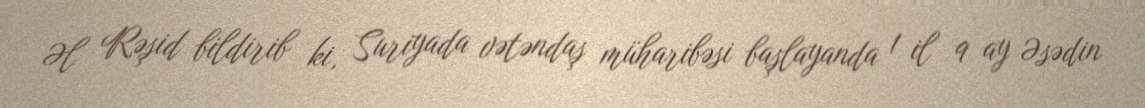
Əl Rəşid bildirib ki, Suriyada vətəndaş müharibəsi başlayanda 1 il 9 ay Əsədin